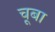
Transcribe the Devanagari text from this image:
चूबा